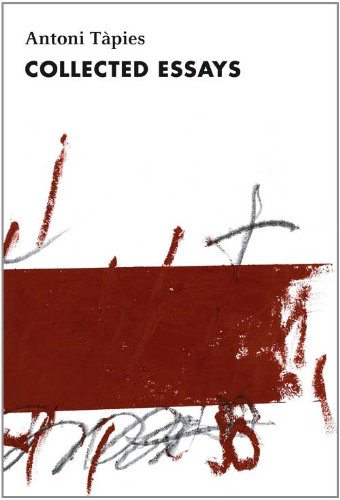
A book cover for Antoni TÃ pies, Complete Writings, Volume II: Collected Essays; Antoni TÃ pies; Arts & Photography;